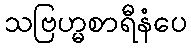
သဗြဟ္မစာရီနံပေ